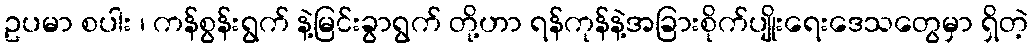
ဥပမာ စပါး ၊ ကန်စွန်းရွက် နဲ့မြင်းခွာရွက် တို့ဟာ ရန်ကုန်နဲ့အခြားစိုက်ပျိုးရေးဒေသတွေမှာ ရှိတဲ့